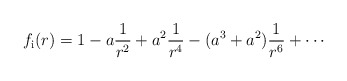
\begin{align*}f_{\rm{i}}(r)=\displaystyle{1-a\frac{1}{r^{2}}+a^{2}\frac{1}{r^{4}}-(a^{3}+a^{2})\frac{1}{r^{6}}+\cdots}\end{align*}